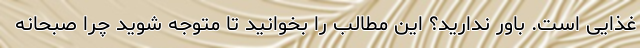
غذایی است. باور ندارید؟ این مطالب را بخوانید تا متوجه شوید چرا صبحانه